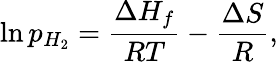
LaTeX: \ln{p_{H_{2}}}=\frac{{\Delta}{H_{f}}}{RT}-\frac{{\Delta}S}{R},